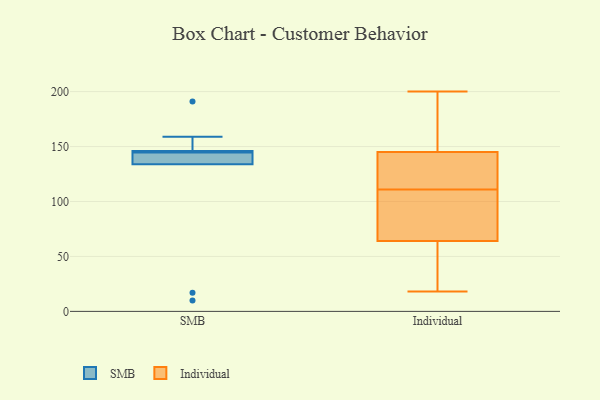
{"axis": {"x": "Waste Production (Tons)", "y": "Value"}, "legend": ["Individual", "SMB"], "data": [{"x": "", "y": 191, "type": "SMB"}, {"x": "", "y": 10, "type": "SMB"}, {"x": "", "y": 17, "type": "SMB"}, {"x": "", "y": 145, "type": "SMB"}, {"x": "", "y": 134, "type": "SMB"}, {"x": "", "y": 144, "type": "SMB"}, {"x": "", "y": 146, "type": "SMB"}, {"x": "", "y": 134, "type": "SMB"}, {"x": "", "y": 146, "type": "SMB"}, {"x": "", "y": 159, "type": "SMB"}, {"x": "", "y": 145, "type": "Individual"}, {"x": "", "y": 57, "type": "Individual"}, {"x": "", "y": 161, "type": "Individual"}, {"x": "", "y": 60, "type": "Individual"}, {"x": "", "y": 137, "type": "Individual"}, {"x": "", "y": 91, "type": "Individual"}, {"x": "", "y": 102, "type": "Individual"}, {"x": "", "y": 200, "type": "Individual"}, {"x": "", "y": 129, "type": "Individual"}, {"x": "", "y": 95, "type": "Individual"}, {"x": "", "y": 33, "type": "Individual"}, {"x": "", "y": 170, "type": "Individual"}, {"x": "", "y": 64, "type": "Individual"}, {"x": "", "y": 168, "type": "Individual"}, {"x": "", "y": 18, "type": "Individual"}, {"x": "", "y": 124, "type": "Individual"}, {"x": "", "y": 92, "type": "Individual"}, {"x": "", "y": 120, "type": "Individual"}]}